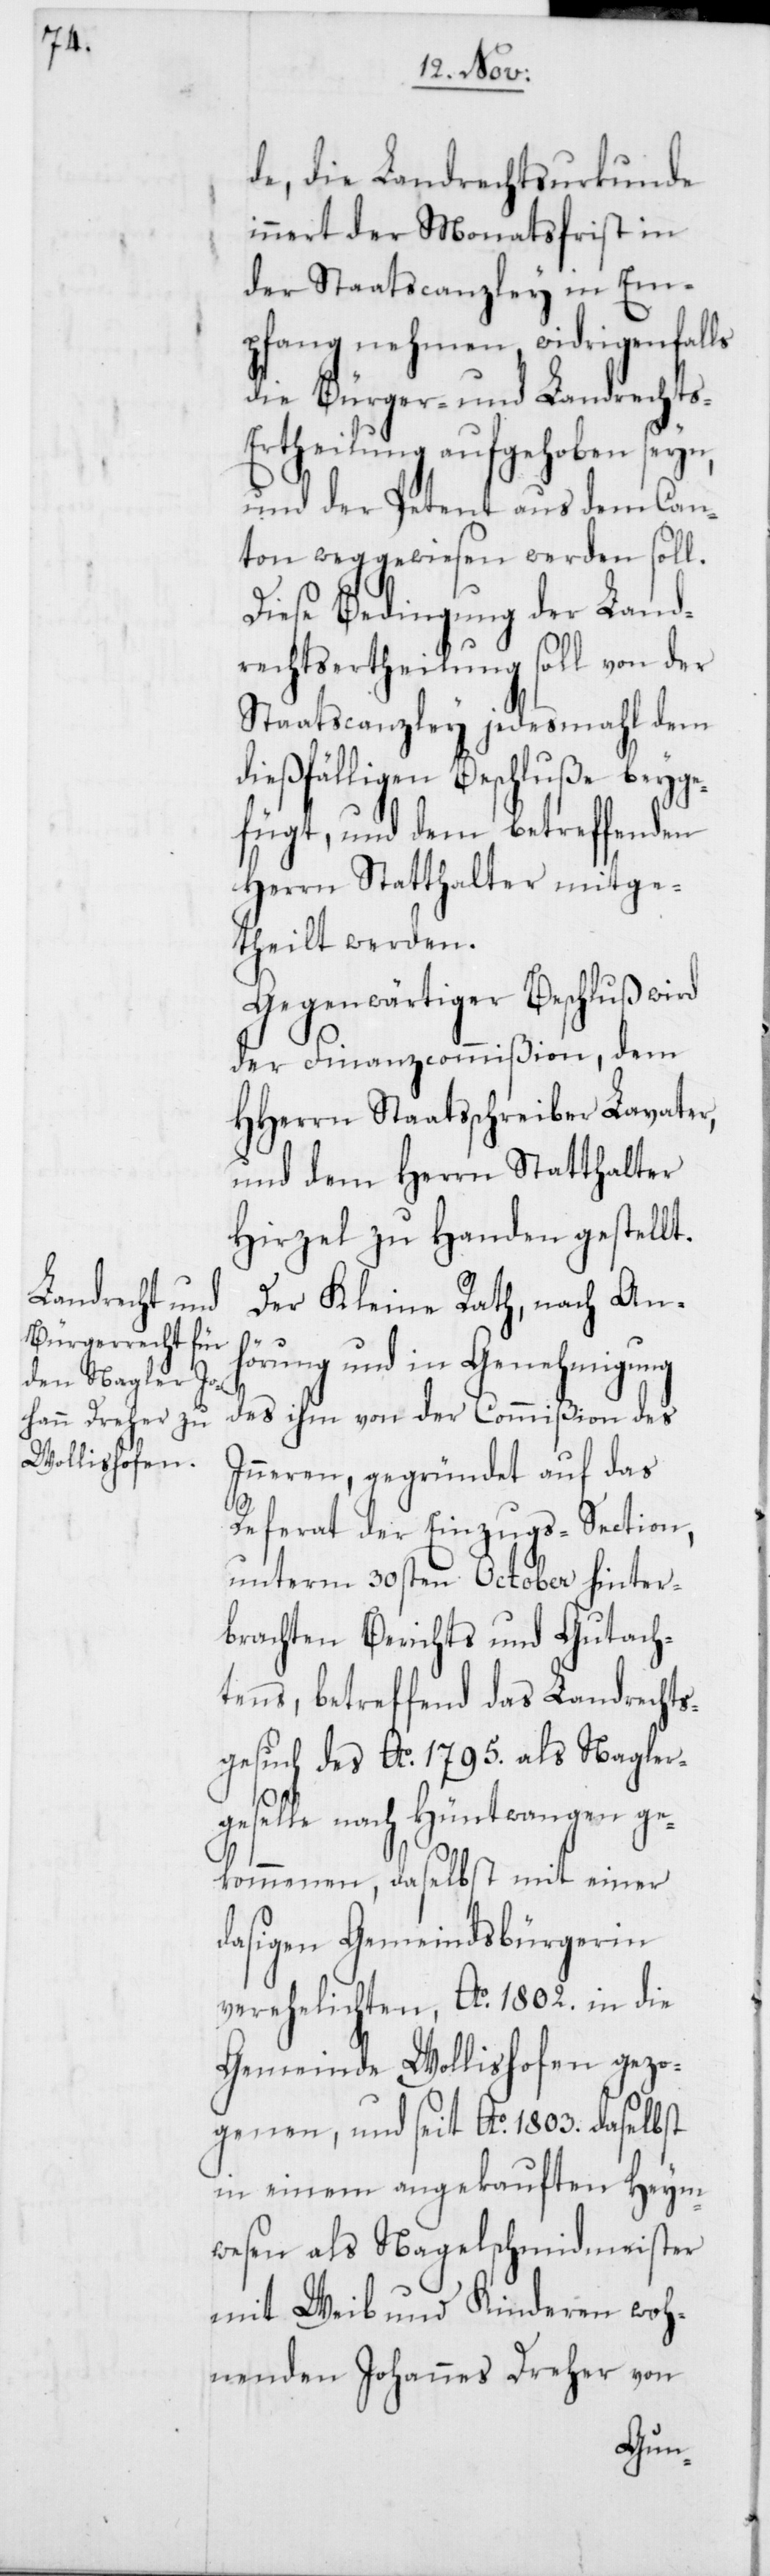
de, die Landrechtsurkunde
innert der Monatsfrist in
der Staatscanzley in Em¬
pfang nehmen, widrigenfalls
die Bürger- und Landrechts-E¬
rtheilung aufgehoben seyn,
und der Petent aus dem Can¬
ton weggewiesen werden soll.
Diese Bedingung der Land¬
rechtsertheilung soll von der
Staatscanzley jedesmahl dem
dießfälligen Beschluße beyge¬
fügt, und dem betreffenden
Herrn Statthalter mitge¬
theilt werden.
Gegenwärtiger Beschluß wird
der Finanzcommißion, dem
HHerrn Staatsschreiber Lavater,
und dem Herrn Statthalter
Hirzel zu Handen gestellt.
Der Kleine Rath, nach An¬
hörung und in Genehmigung
des ihm von der Commißion des
Inneren, gegründet auf das
Referat der Einzugs-Section,
unterm 30sten October hinter¬
brachten Berichts und Gutach¬
tens, betreffend das Landrechts¬
gesuch des Ao. 1795. als Nagler¬
geselle nach Hüntwangen ge¬
kommenen, daselbst mit einer
dasigen Gemeindsbürgerin
verehelichten, Ao. 1802. in die
Gemeinde Wollishofen gezo¬
genen, und seit Ao. 1803. daselbst
in einem angekauften Heym¬
wesen als Nagelschmiedmeister
mit Weib und Kinderen woh¬
nenden Johannes Dreher von